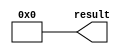
module  zero_lpm_constant_r09
	( 
	result) ;
	output   [31:0]  result;


	assign
		result = {32{1'b0}};
endmodule